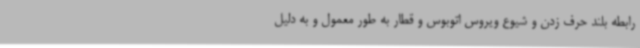
رابطه بلند حرف زدن و شیوع ویروس اتوبوس و قطار به طور معمول و به دلیل